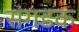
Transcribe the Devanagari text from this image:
संगडक